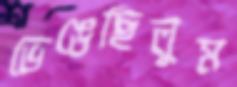
ভেঙেছিলুম